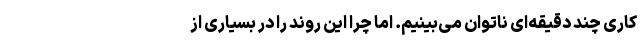
کاری چند دقیقه‌ای ناتوان می‌بینیم. اما چرا این روند را در بسیاری از